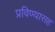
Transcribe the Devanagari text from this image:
प्रविण्यासह